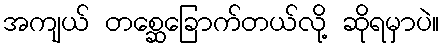
အကျယ် တစ္ဆေခြောက်တယ်လို့ ဆိုရမှာပဲ။